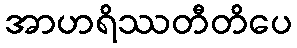
အာဟရိဿတီတိပေ